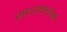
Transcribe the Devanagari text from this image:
संघटनेचीही